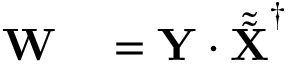
\begin{array} { r l } { \mathbf { W } } & { { } = \mathbf { Y } \cdot \tilde { \tilde { \mathbf { X } } } ^ { \dagger } } \end{array}